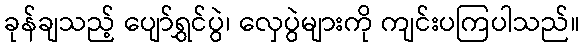
ခုန်ချသည့် ပျော်ရွှင်ပွဲ၊ လှေပွဲများကို ကျင်းပကြပါသည်။